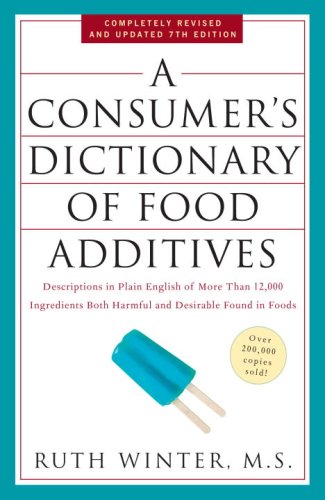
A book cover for A Consumer's Dictionary of Food Additives, 7th Edition: Descriptions in Plain English of More Than 12,000 Ingredients Both Harmful and Desirable Found in Foods; Ruth Winter; Health, Fitness & Dieting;